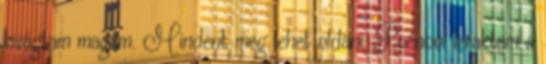
kivágtam magam. Mindent meg lehet oldani. Poénból leraktam a